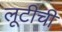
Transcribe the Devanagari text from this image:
लूटीची